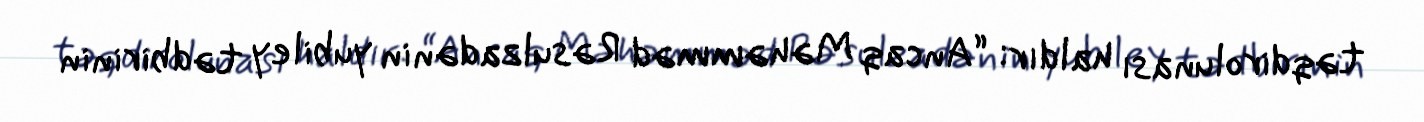
təqdirolunası haldır: “Ancaq Məhəmməd Rəsulzadənin yubiley tədbirinin